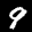
Label: 9